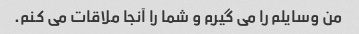
من وسایلم را می گیرم و شما را آنجا ملاقات می کنم.